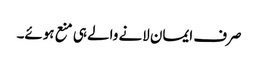
صرف ایمان لانے والے ہی منع ہوئے۔